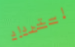
إسترداد